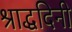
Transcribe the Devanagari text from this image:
श्राद्धदिनी